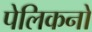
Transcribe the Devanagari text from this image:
पेलिकनों